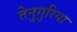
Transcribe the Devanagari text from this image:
तेनुगुरिया